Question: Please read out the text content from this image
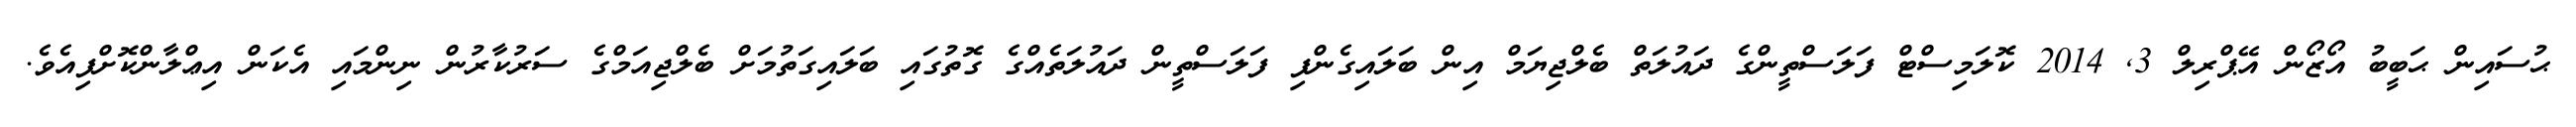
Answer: ޙުސައިން ޙަބީބު އޯޒޯން އޭޕްރިލް 3, 2014 ކޮލަމިސްޓް ފަލަސްތީންގެ ދައުލަތް ބެލްޖިޔަމް އިން ބަލައިގެންފި ފަލަސްތީން ދައުލަތެއްގެ ގޮތުގައި ބަލައިގަތުމަށް ބެލްޖިއަމްގެ ސަރުކާރުން ނިންމައި އެކަން އިޢްލާންކޮށްފިއެވެ.